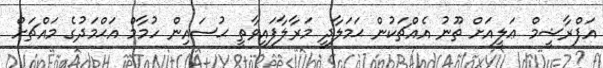
އަފްރާޝީމް ޢަލީއަށް ތޫނު އެއްޗަކުން ޙަމަލާދީ މަރާލާފައިވާތީ ޙުސައިން ހުމާމް އަޙްމަދުގެ މައްޗަށް